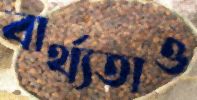
বার্থ্যতাও